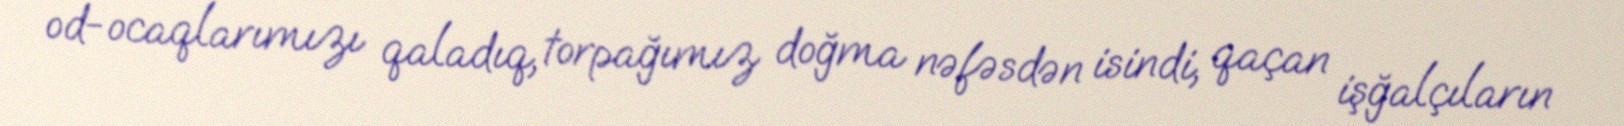
od-ocaqlarımızı qaladıq, torpağımız doğma nəfəsdən isindi, qaçan işğalçıların